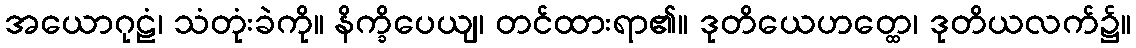
အယောဂုဠံ၊ သံတုံးခဲကို။ နိက္ခိပေယျ၊ တင်ထားရာ၏။ ဒုတိယေဟတ္ထေ၊ ဒုတိယလက်၌။